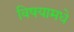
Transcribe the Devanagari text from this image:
विषयामधे